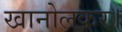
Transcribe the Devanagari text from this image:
खानोलकर।